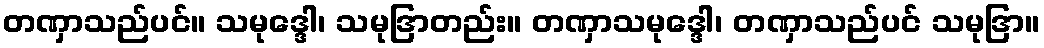
တဏှာသည်ပင်။ သမုဒ္ဒေါ၊ သမုဒြာတည်း။ တဏှာသမုဒ္ဒေါ၊ တဏှာသည်ပင် သမုဒြာ။